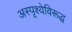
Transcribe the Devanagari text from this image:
अस्पृश्येविरूद्ध